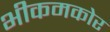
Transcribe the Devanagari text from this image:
भीकमकोर